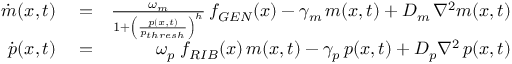
\begin{array} { r l r } { \dot { m } ( x , t ) } & { { } = } & { \frac { \omega _ { m } } { 1 + \left( \frac { p ( x , t ) } { p _ { t h r e s h } } \right) ^ { h } } \, f _ { G E N } ( x ) - \gamma _ { m } \, m ( x , t ) + D _ { m } \, \nabla ^ { 2 } m ( x , t ) } \\ { \dot { p } ( x , t ) } & { { } = } & { \omega _ { p } \; f _ { R I B } ( x ) \, m ( x , t ) - \gamma _ { p } \, p ( x , t ) + D _ { p } \nabla ^ { 2 } \, p ( x , t ) } \end{array}